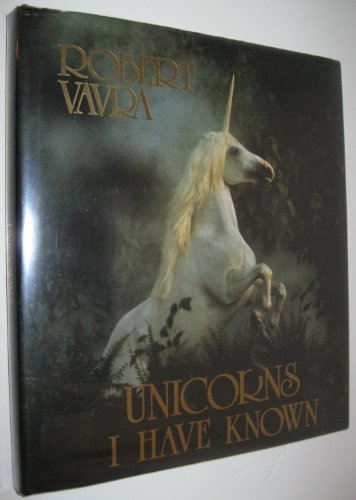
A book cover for Unicorns I Have Known; Robert Vavra; Literature & Fiction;